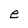
Character: e